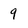
Character: 9